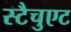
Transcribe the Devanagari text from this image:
स्टैचुएट